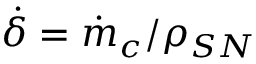
\dot { \delta } = \dot { m } _ { c } / \rho _ { S N }